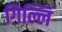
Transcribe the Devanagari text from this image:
गिल्लिं